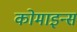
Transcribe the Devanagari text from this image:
कोमाइन्स